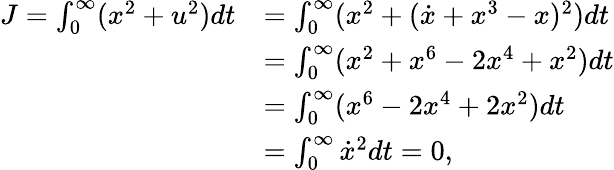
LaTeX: \begin{array}{rl}{J=\int_{0}^{\infty}(x^{2}+u^{2})dt}&{=\int_{0}^{\infty}(x^{2}+(\dot{x}+x^{3}-x)^{2})dt}\\ &{=\int_{0}^{\infty}(x^{2}+x^{6}-2x^{4}+x^{2})dt}\\ &{=\int_{0}^{\infty}(x^{6}-2x^{4}+2x^{2})dt}\\ &{=\int_{0}^{\infty}\dot{x}^{2}dt=0,}\end{array}